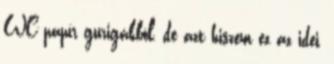
WC papír gurigákból, de azt hiszem ez az idei,